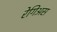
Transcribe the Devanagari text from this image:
रेगिअस